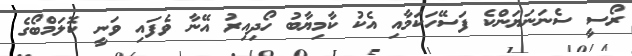
ރޯސީ ސެނަނަޔަންކެ ފަސޭހަކަމާއި އެކު ކާމިޔާބު ހޯދިއިރު އޭނާ ވެފައި ވަނީ ކޮލަމްބޯގެ